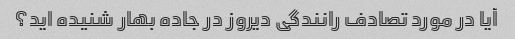
آیا در مورد تصادف رانندگی دیروز در جاده بهار شنیده اید؟